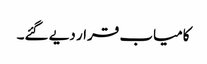
کامیاب قرار دیے گئے۔